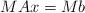
LaTeX: \begin{align*}MAx=Mb \end{align*}